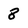
Character: 8